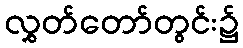
လွှတ်တော်တွင်း၌